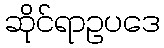
ဆိုင်ရာဥပဒေ